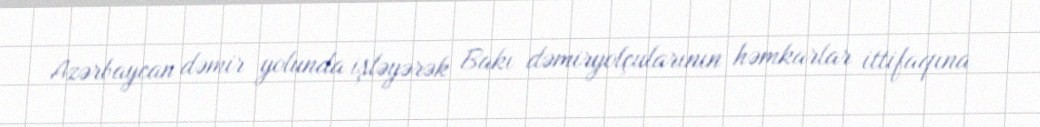
Azərbaycan dəmir yolunda işləyərək Bakı dəmiryolçularının həmkarlar ittifaqına